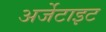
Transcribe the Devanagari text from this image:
अर्जेटाइट